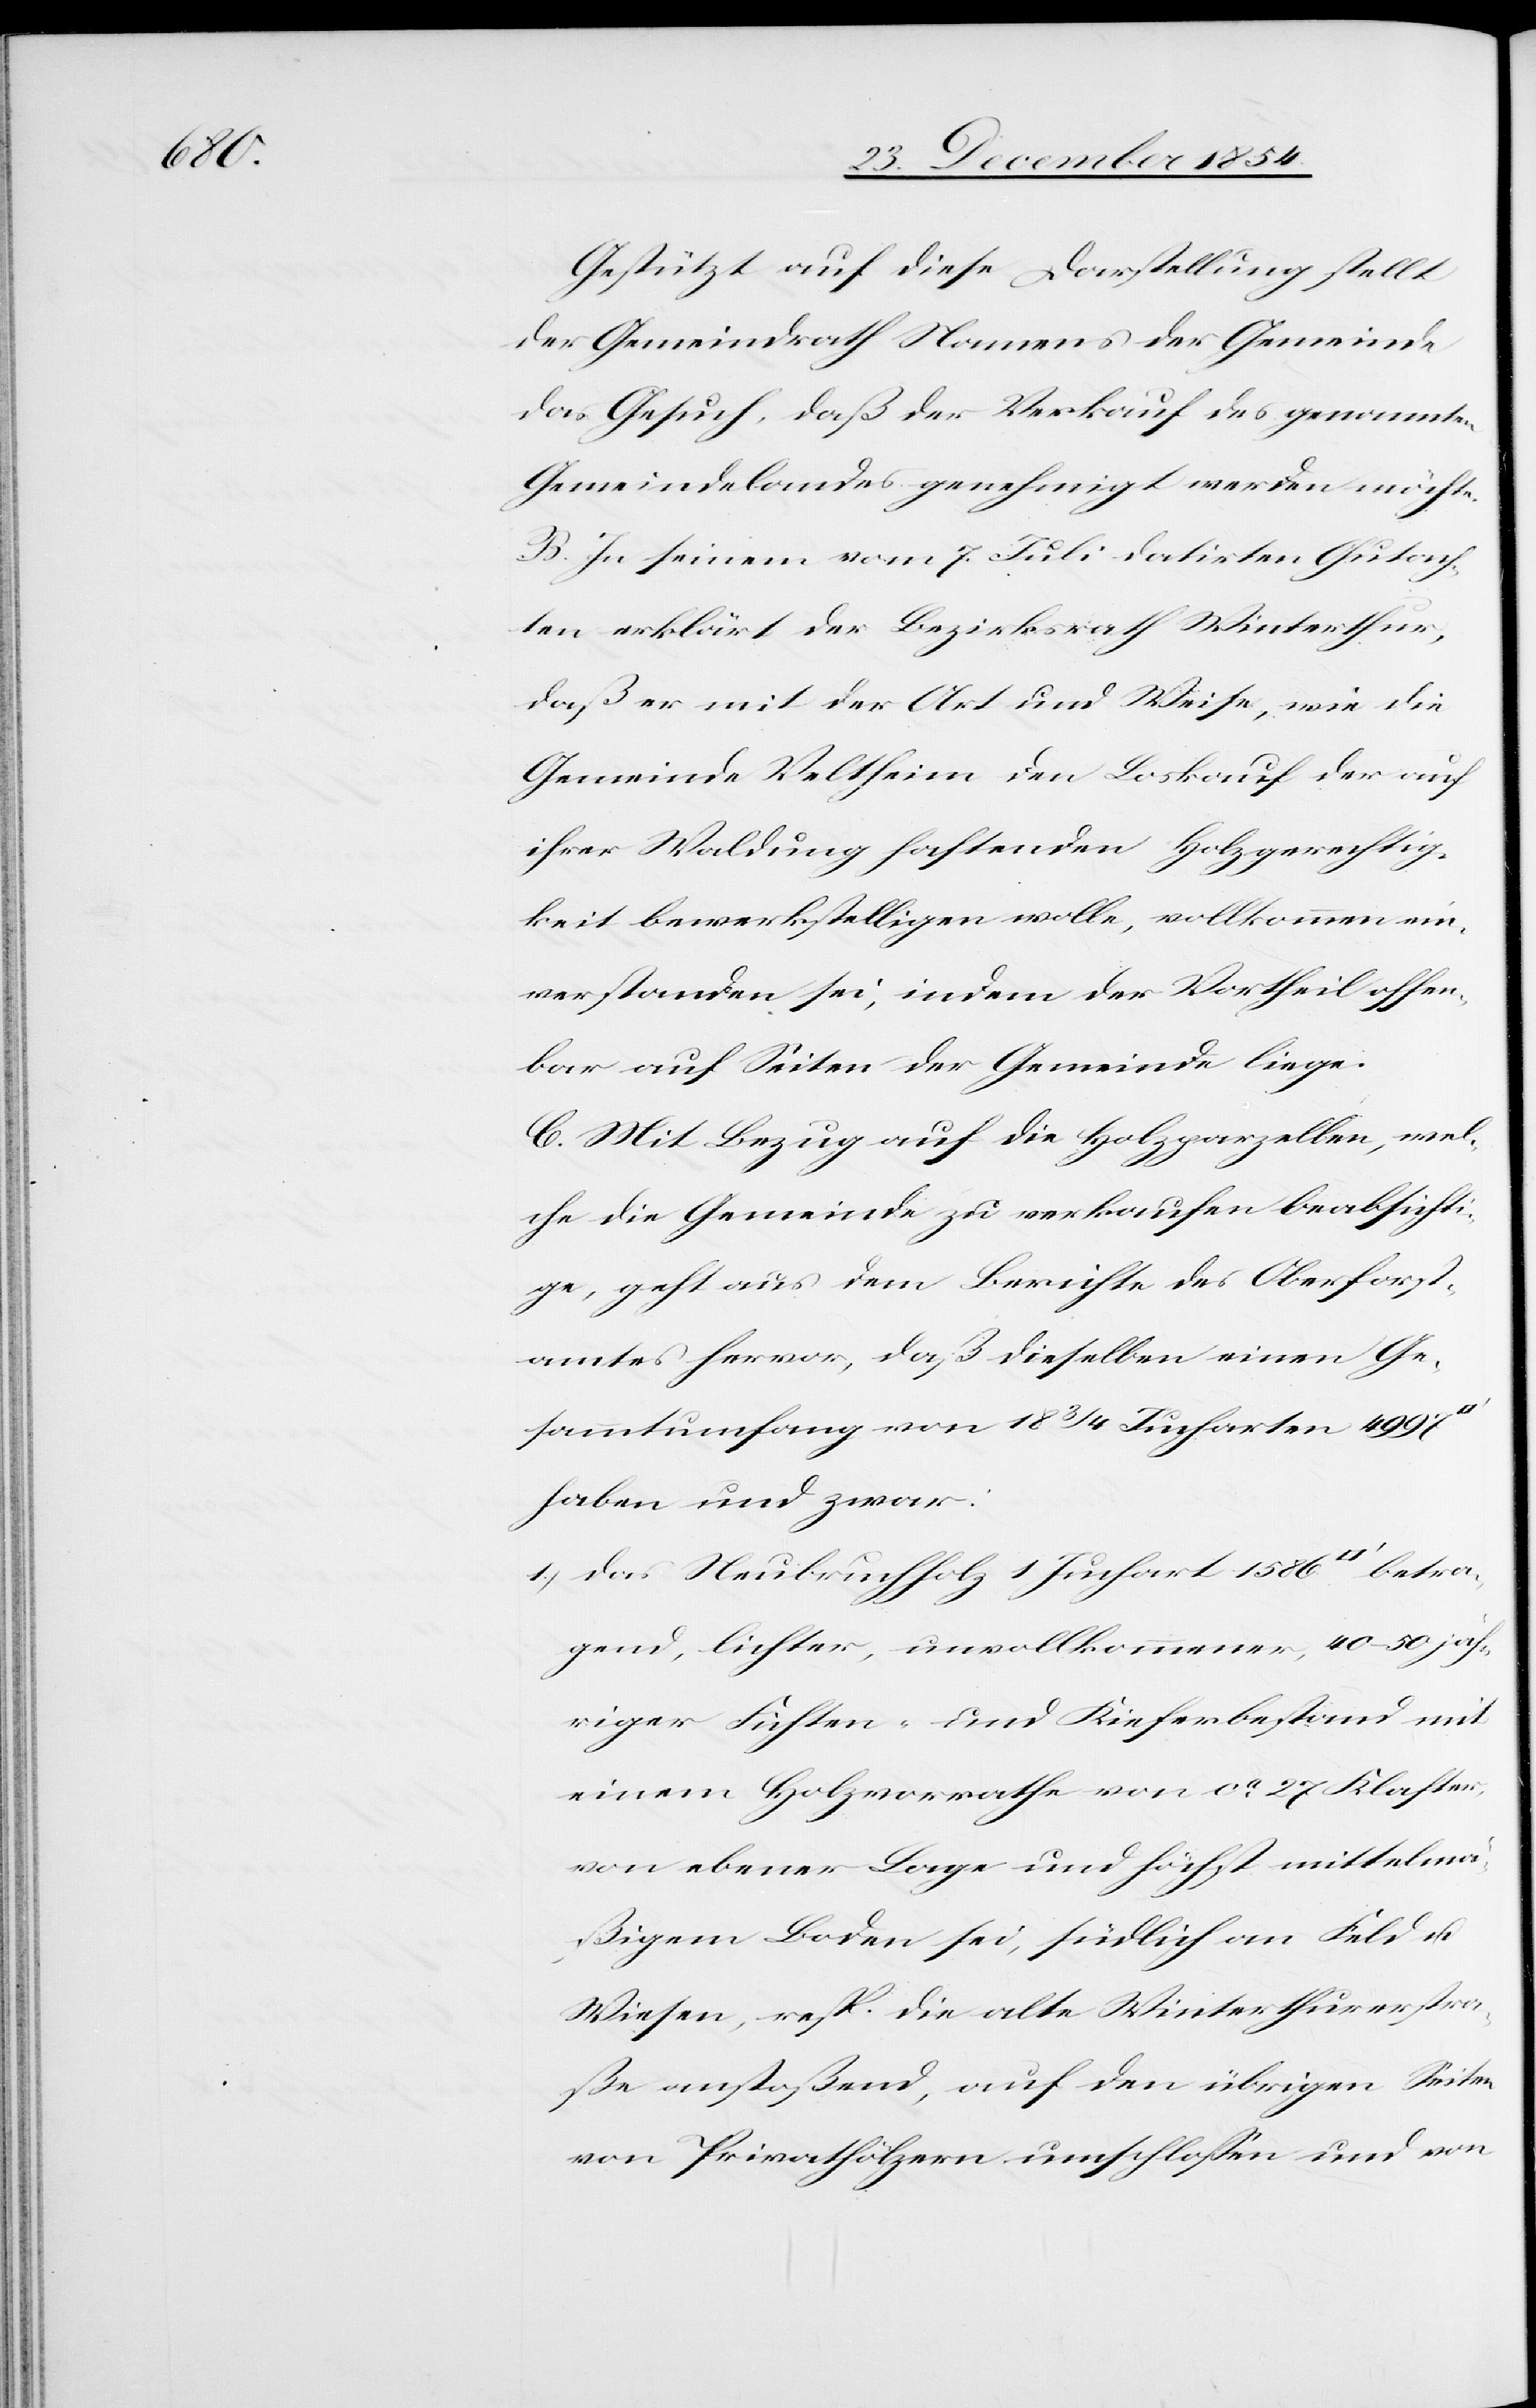
Gestützt auf diese Darstellung stellt
der Gemeindrath Namens der Gemeinde
das Gesuch, daß der Verkauf des genannten
Gemeindelandes genehmigt werden möchte.
B. In seinem vom 7. Juli datirten Gutach¬
ten erklärt der Bezirksrath Winterthur,
daß er mit der Art und Weise, wie die
Gemeinde Veltheim den Loskauf der auf
ihrer Waldung haftenden Holzgerechtig¬
keit bewerkstelligen wolle, vollkommen ein¬
verstanden sei, indem der Vortheil offen¬
bar auf Seiten der Gemeinde liege.
C. Mit Bezug auf die Holzparzellen, wel¬
che die Gemeinde zu verkaufen beabsichti¬
ge, geht aus dem Berichte des Oberforst¬
amtes hervor, daß dieselben einen Ge¬
sammtumfang von 18 3/4 Jucharten 4997
haben und zwar:
1.) das Neubruchholz 1 Juchart 1586 [Quadratfuß] betra¬
gend, lichter, unvollkommener, 40–50 jäh¬
riger Fichten- und Kieferbestand mit
einem Holzvorrathe von ca 27 Klaster,
von ebener Lage und höchst mittelmä¬
ßigem Boden sei, südlich an Feld u.
Wiesen, resp. die alte Winterthurerstra¬
ße anstoßend, auf den übrigen Seiten
von Privathölzern umschloßen und von